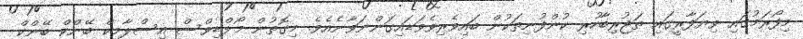
މިފޯރަމުގައި ވިޔަފާރީގައި ތަޖުރިބާހުރި ކުންފުނިތަކުން ބައިވެރިވެވަޑައިގަންނަވާނެއެވެ. މިގޮތުން މޯލްޑިވްސް އިސްލާމިކް ބޭންކް ބޭންކް